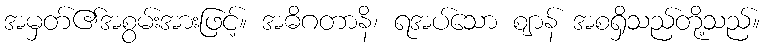
အမှတ်၏အစွမ်းအားဖြင့်။ အဓိဂတာနိ၊ ရအပ်သော ဈာန် အစရှိသည်တို့သည်။